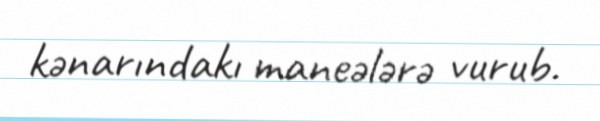
kənarındakı maneələrə vurub.